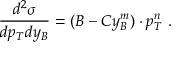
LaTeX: \frac { d ^ { 2 } \sigma } { d p _ { T } d y _ { B } } = ( B - C y _ { B } ^ { m } ) \cdot p _ { T } ^ { n } ~ .